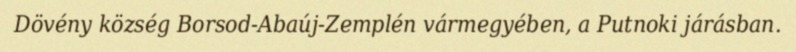
Dövény község Borsod-Abaúj-Zemplén vármegyében, a Putnoki járásban.